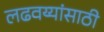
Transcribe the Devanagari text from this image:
लढवय्यांसाठी